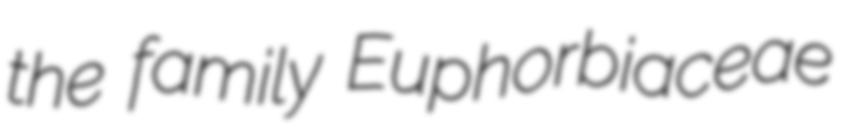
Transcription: the family Euphorbiaceae